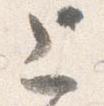
上